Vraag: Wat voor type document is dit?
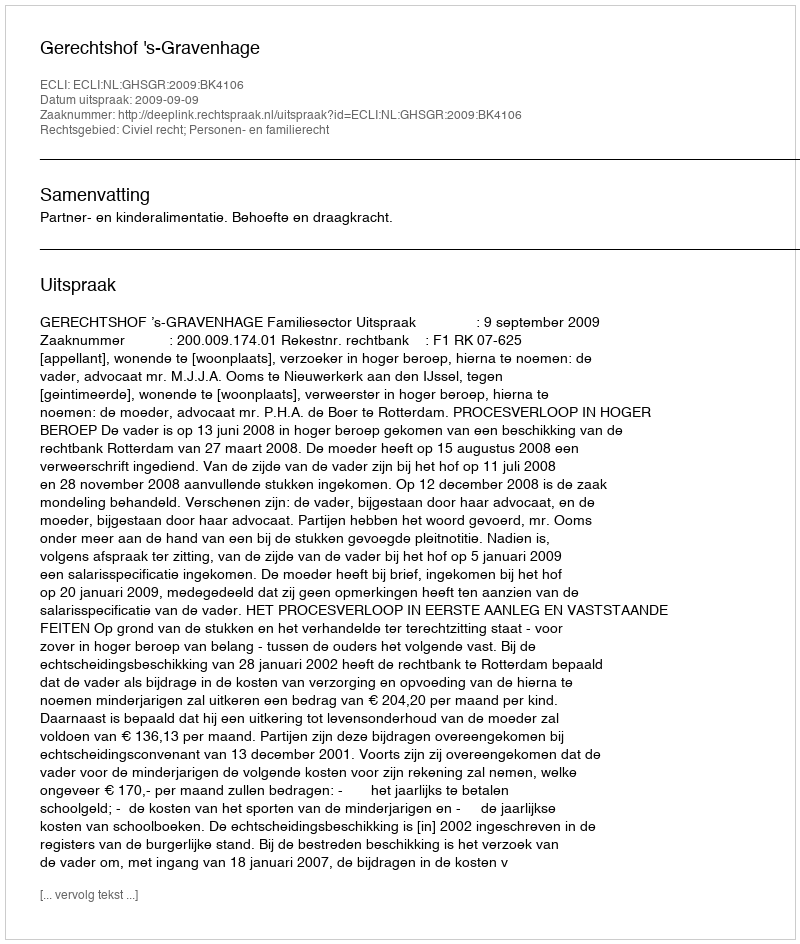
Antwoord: Uitspraak